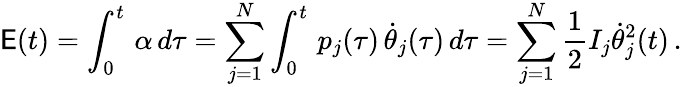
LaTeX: \mathsf{E}(t)=\int_{0}^{t}\, \alpha\, d\tau=\sum_{j=1}^{N}\int_{0}^{t}\, p_{j}(\tau)\, \dot{\theta}_{j}(\tau)\, d\tau=\sum_{j=1}^{N}\frac{1}{2}I_{j}\dot{\theta}_{j}^{2}(t)\, .